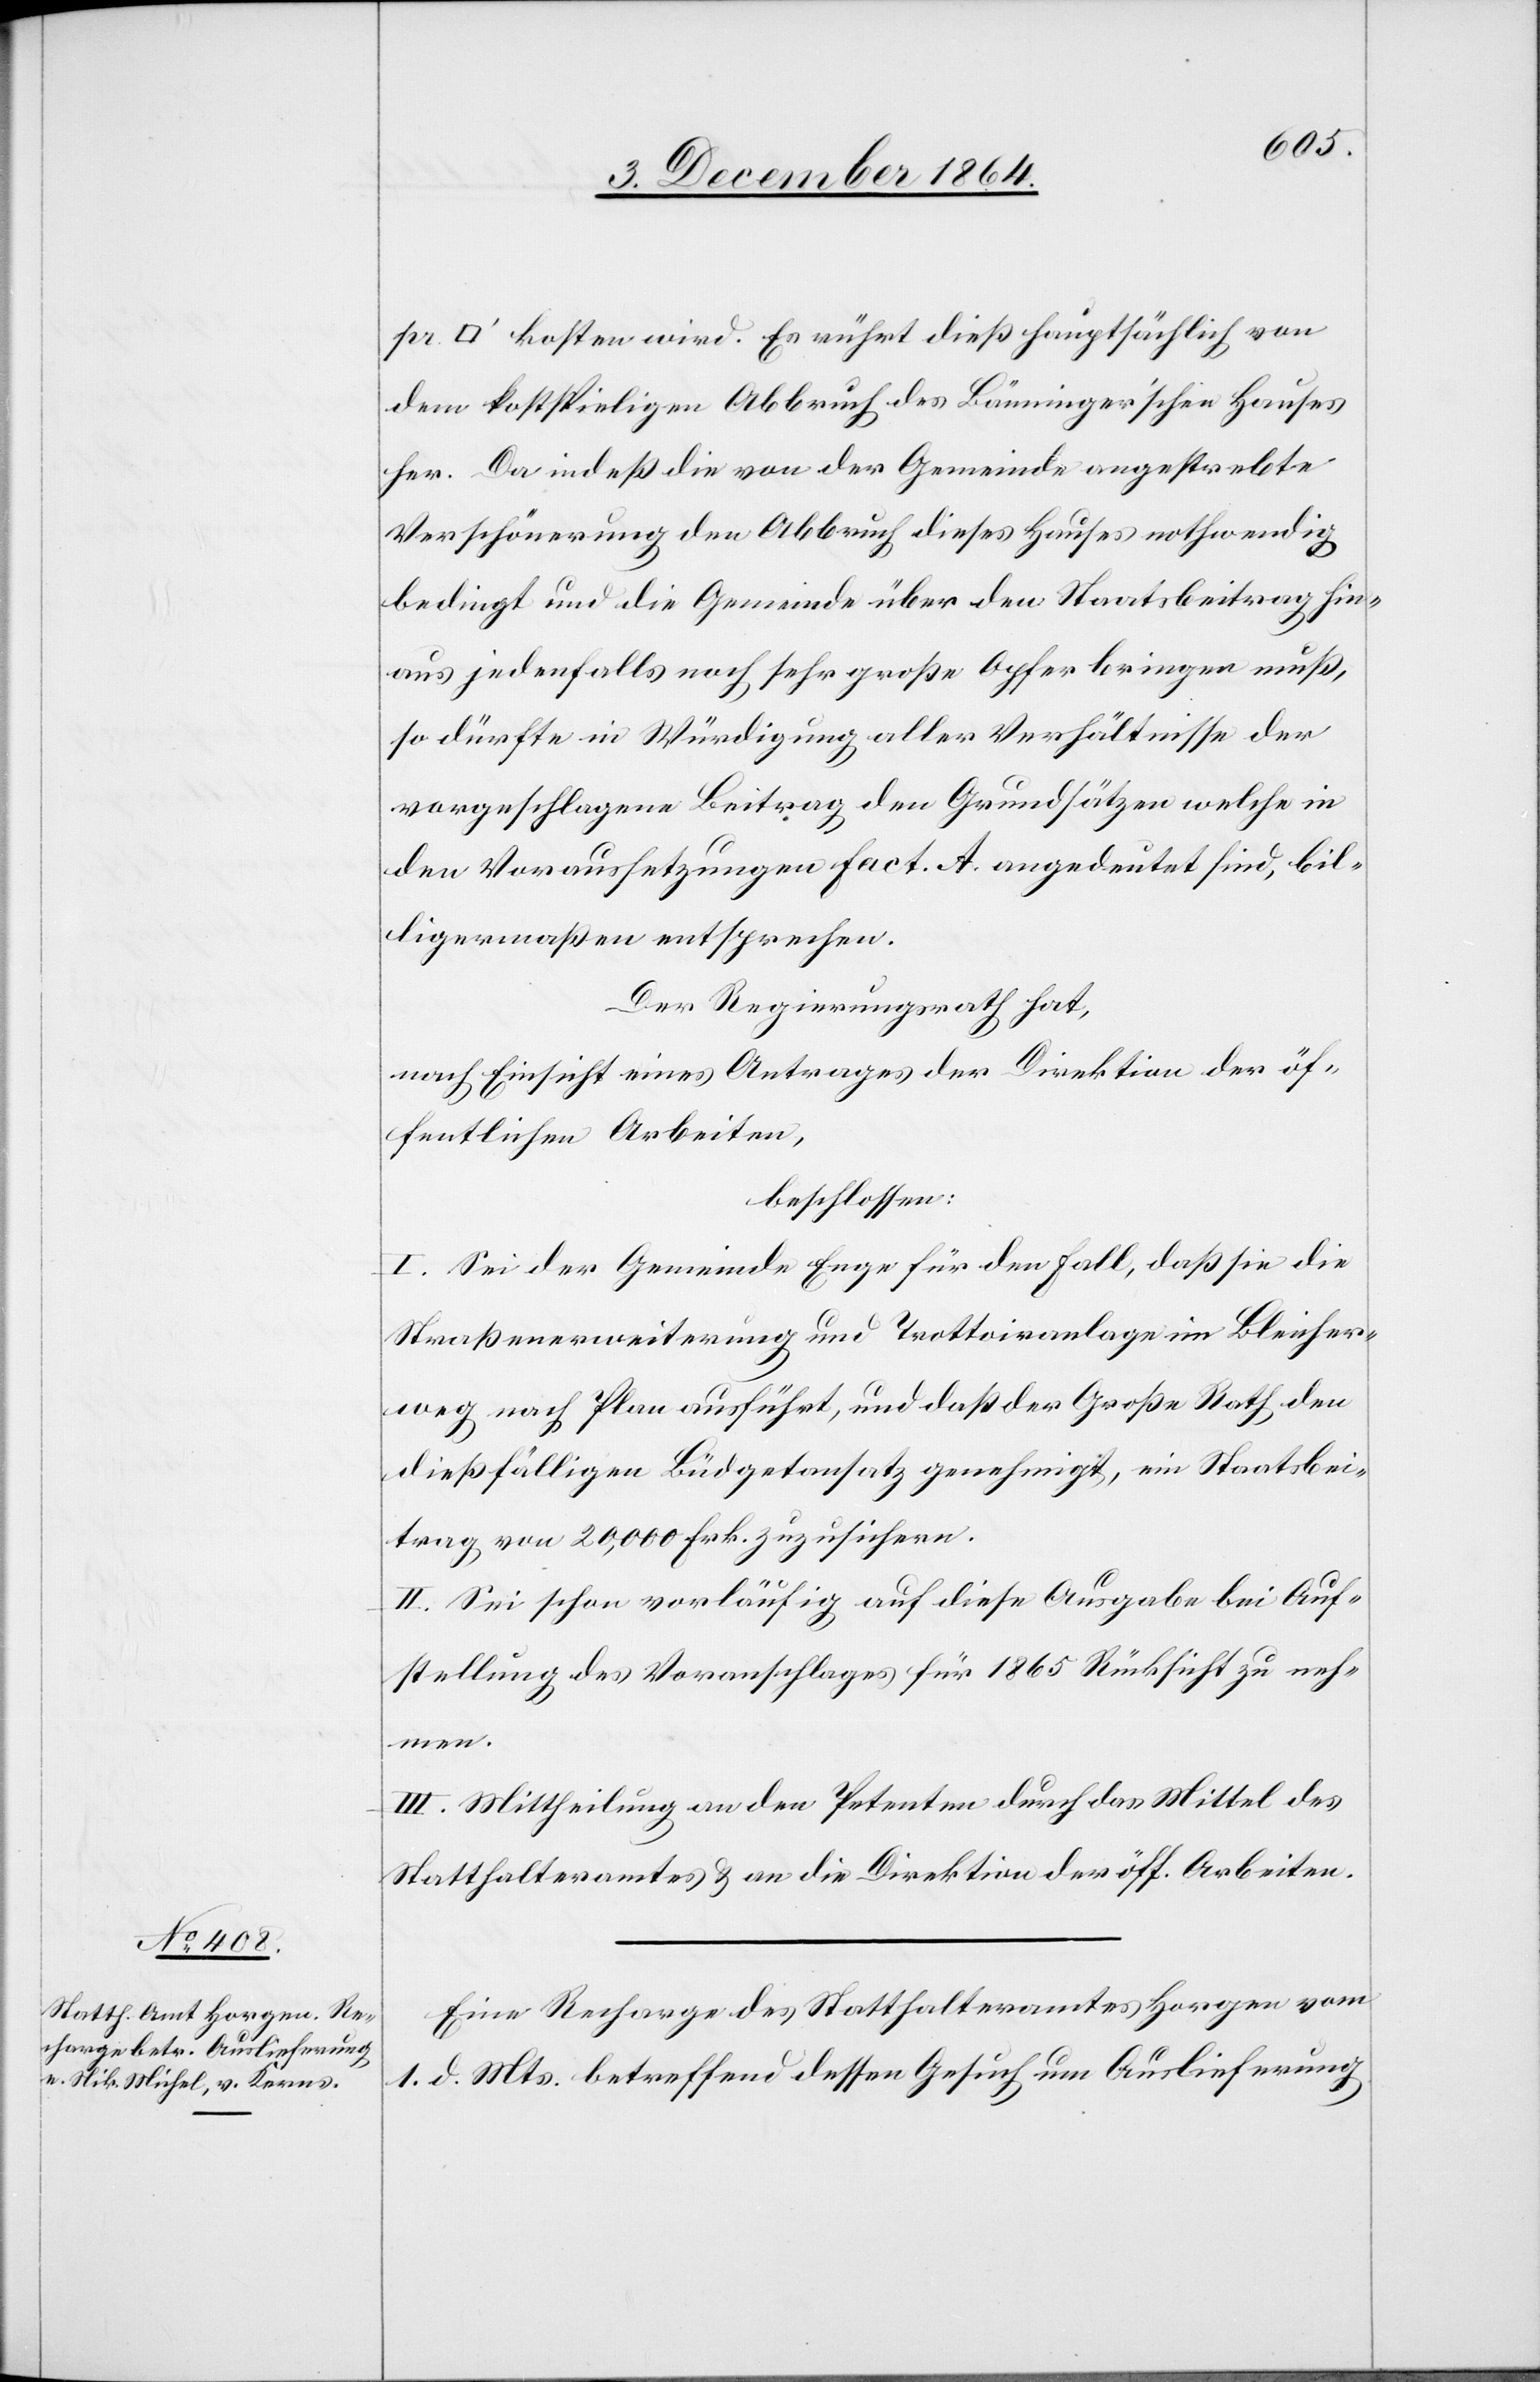
pr [Quadrat¬

fuss] kosten wird. Es rührt dieß hauptsächlich von
dem kostspieligen Abbruch des Bänninger’schen Hauses
her. Da indeß die von der Gemeinde angestrebte
Verschönerung den Abbruch dieses Hauses nothwendig
bedingt und die Gemeinde über den Staatsbeitrag hin¬
aus jedenfalls noch sehr große Opfer bringen muß,
so dürfte in Würdigung aller Verhältnisse der
vorgeschlagene Beitrag den Grundsätzen welche in
den Voraussetzungen fact. A. angedeutet sind, bil¬
ligerweise entsprechen.
Der Regierungsrath hat,
nach Einsicht eines Antrages der Direktion der öf¬
fentlichen Arbeiten,
beschlossen:
I. Sei der Gemeinde Enge für den Fall, daß sie die
Straßenerweiterung und Trottoiranlage im Bleicher¬
weg nach Plan ausführt, und daß der Große Rath den
dießfälligen Büdgetansatz genehmigt, ein Staatsbei¬
trag von 20,000 Frk. zuzusichern.
II. Sei schon vorläufig auf diese Ausgabe bei Auf¬
stellung des Voranschlages für 1865 Rücksicht zu neh¬
men.
III. Mittheilung an den Petenten durch das Mittel des
Statthalteramtes & an die Direktion der öff. Arbeiten.
Eine Recharge des Statthalteramtes Horgen vom
1. d. Mts. betreffend dessen Gesuch um Auslieferung